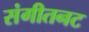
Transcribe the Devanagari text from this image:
संगीतनट